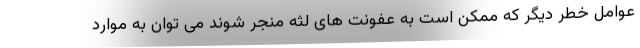
عوامل خطر دیگر که ممکن است به عفونت های لثه منجر شوند می توان به موارد